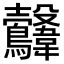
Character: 𩏻